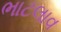
ભાટલાવ